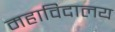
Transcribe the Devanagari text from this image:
महाविदालय